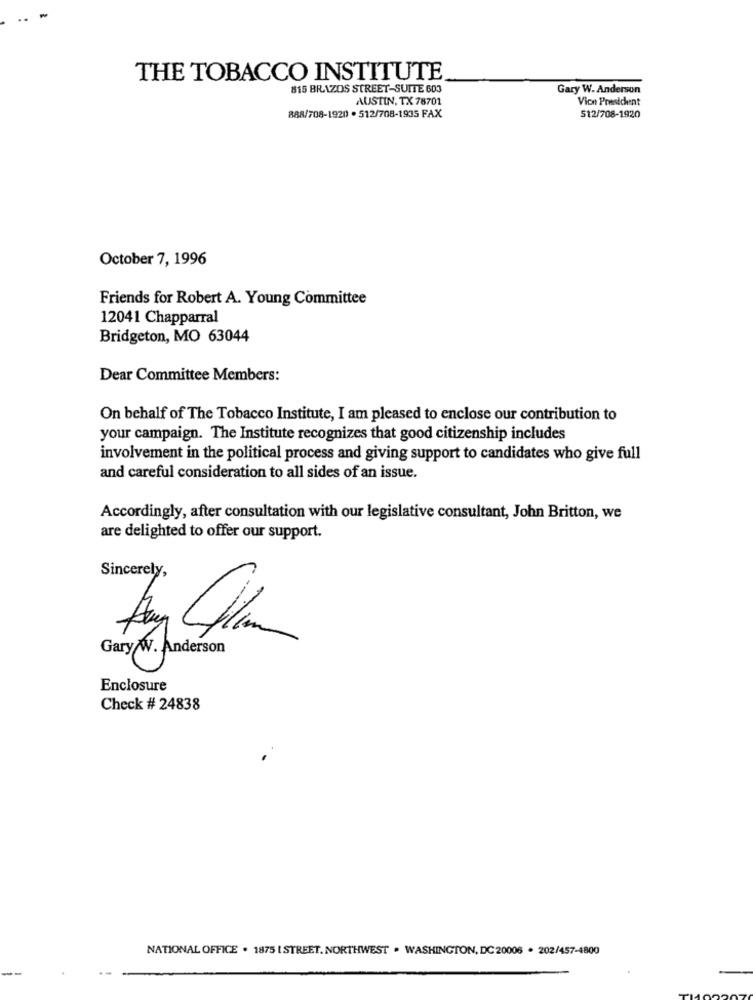
THE TOBACCO INSTITUTE
815 BRAZOS STREET-SUITE 603
Gary W. Anderson
AUSTIN, TX 78701
Vion President
888/708-1920 . 512/708-1935 FAX
512/708-1920
October 7, 1996
Friends for Robert A. Young Committee
12041 Chapparral
Bridgeton, MO 63044
Dear Committee Members:
On behalf of The Tobacco Institute, I am pleased to enclose our contribution to
your campaign. The Institute recognizes that good citizenship includes
involvement in the political process and giving support to candidates who give full
and careful consideration to all sides of an issue.
Accordingly, after consultation with our legislative consultant, John Britton, we
are delighted to offer our support.
Sincerely,
Enclosure
Check # 24838
NATIONAL OFFICE . 1875 [ STREET. NORTHWEST . WASHINGTON, DC 20006 . 202/457-4800